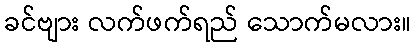
ခင်ဗျား လက်ဖက်ရည် သောက်မလား။